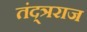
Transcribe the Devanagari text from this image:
तंद्त्रराज